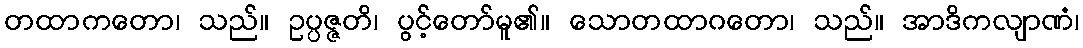
တထာကတော၊ သည်။ ဥပ္ပဇ္ဇတိ၊ ပွင့်တော်မူ၏။ သောတထာဂတော၊ သည်။ အာဒိကလျာဏံ၊